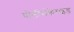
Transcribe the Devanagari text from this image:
पोलीसेकेराइड